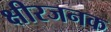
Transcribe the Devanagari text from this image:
क्षीरजनक